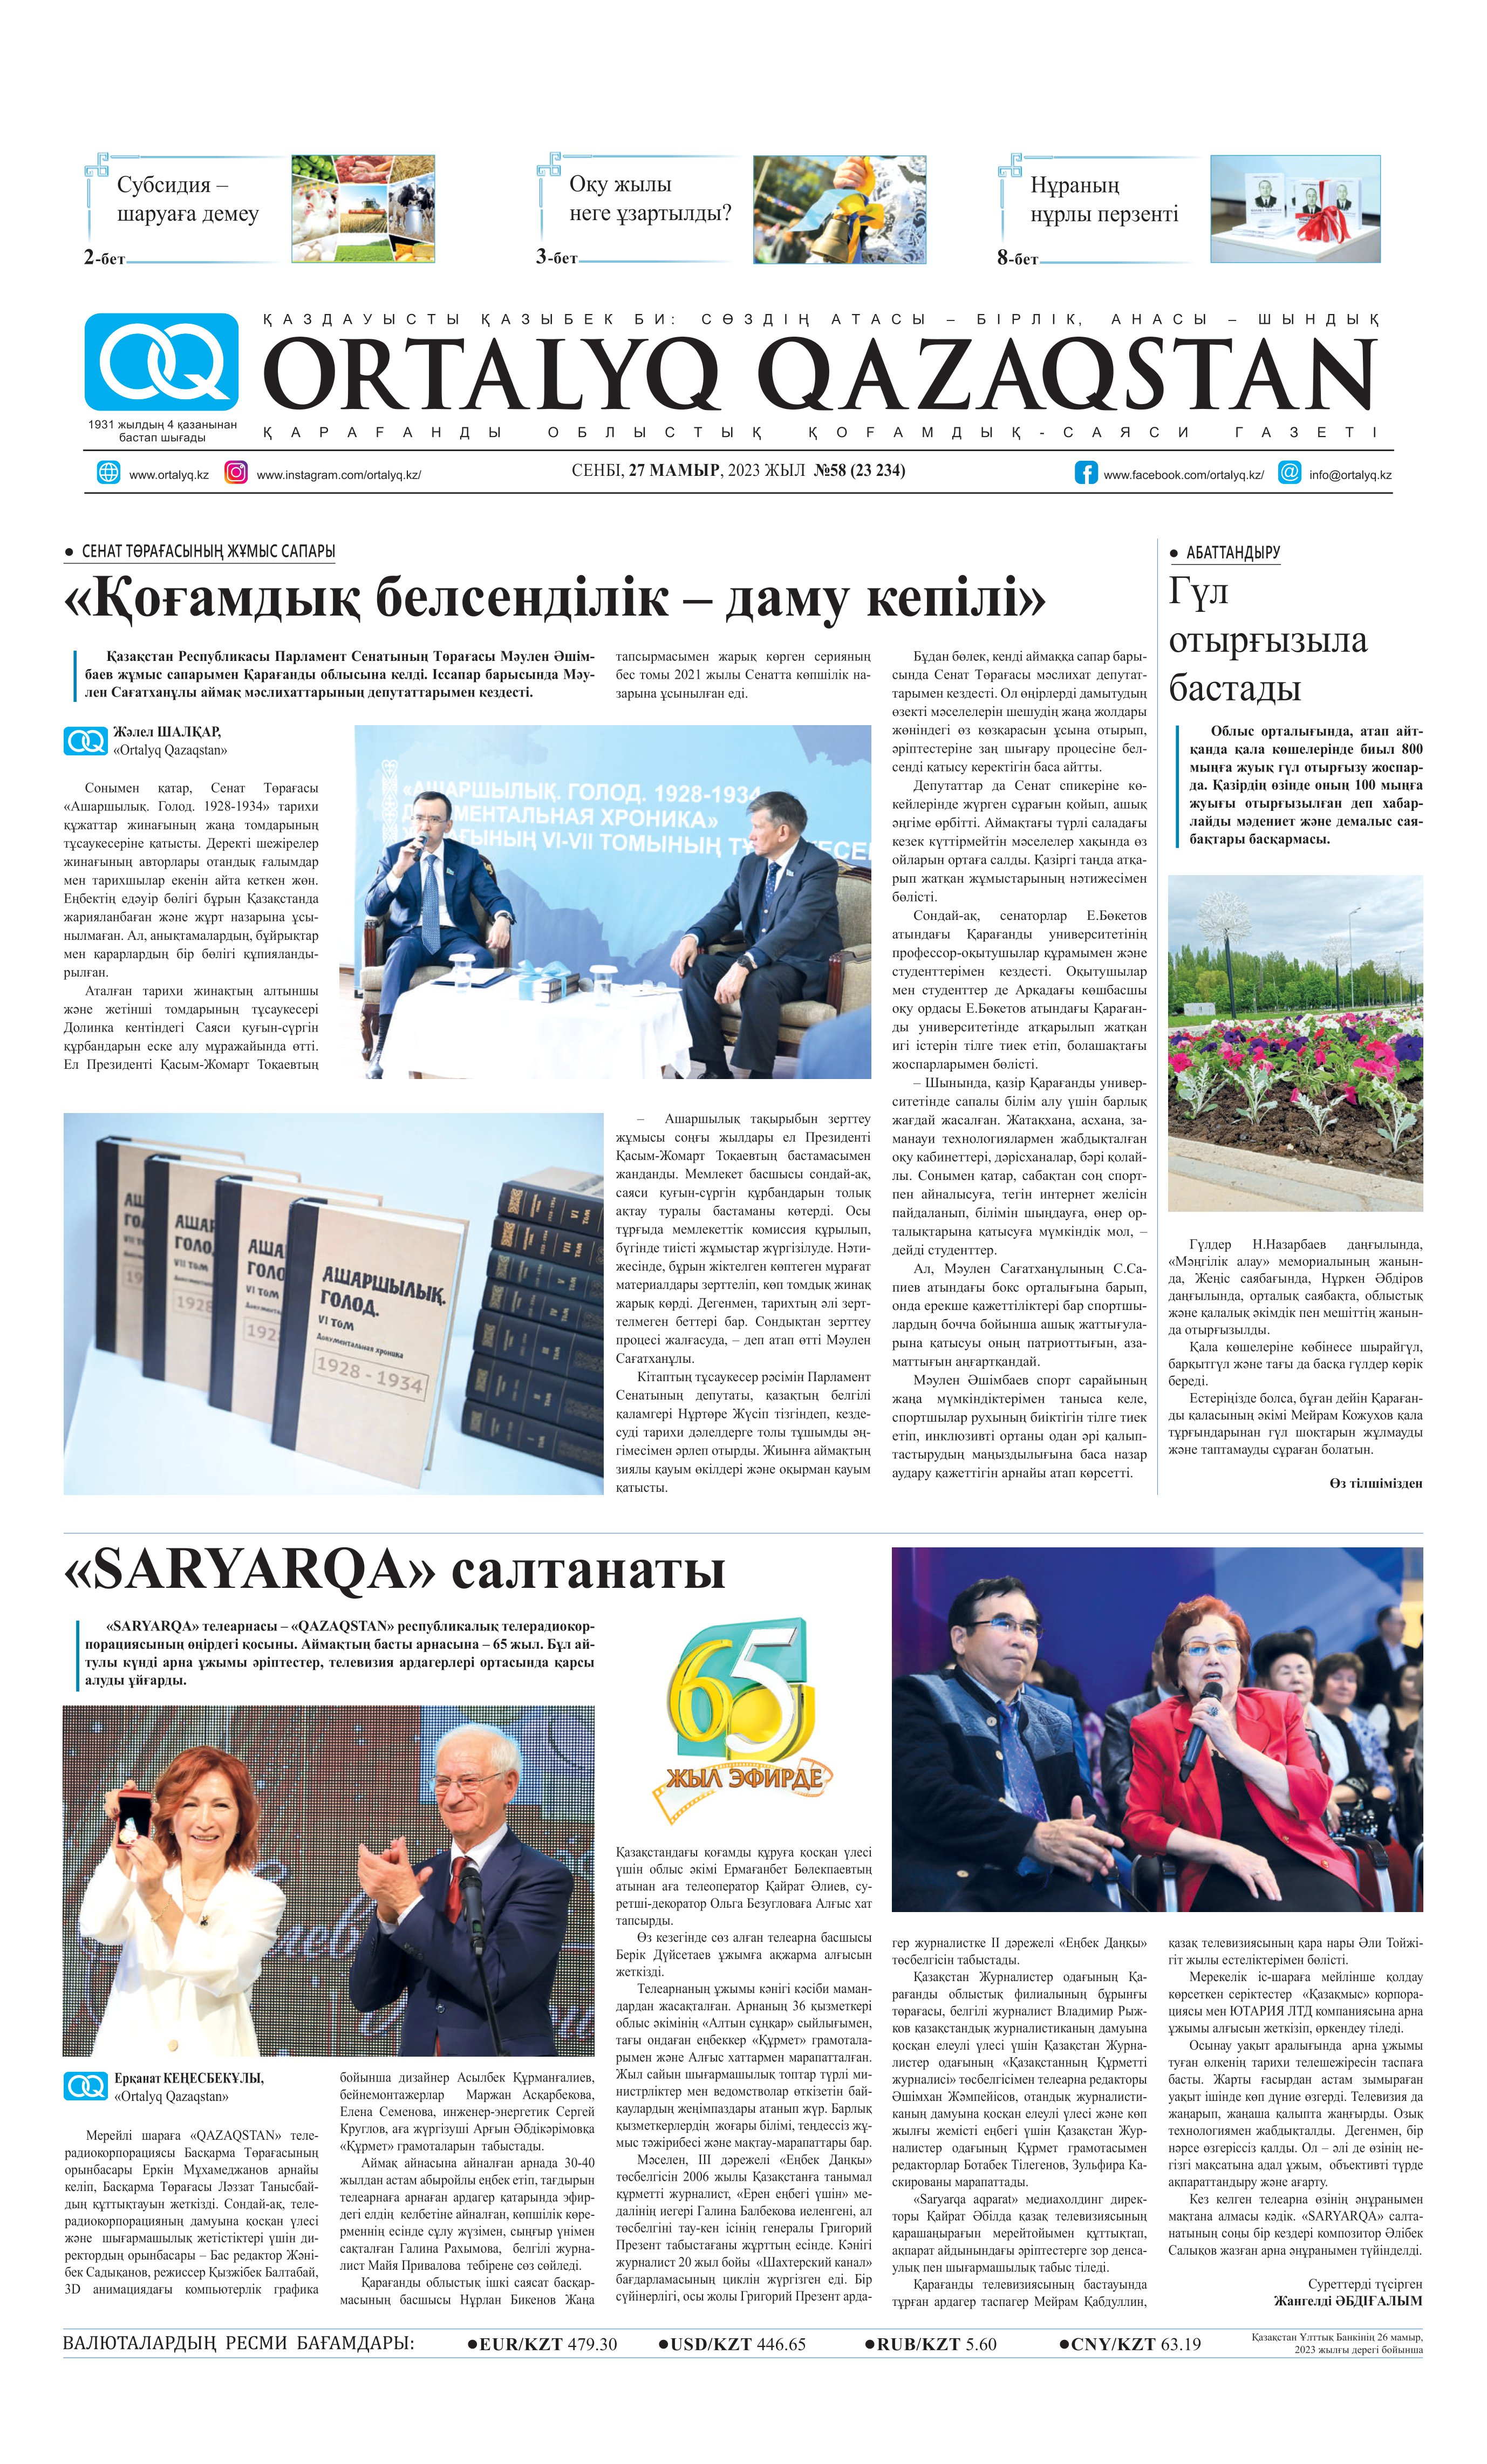
Language: kk